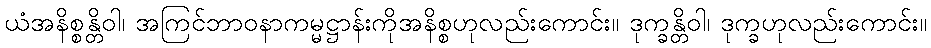
ယံအနိစ္စန္တိဝါ၊ အကြင်ဘာဝနာကမ္မဋ္ဌာန်းကိုအနိစ္စဟုလည်းကောင်း။ ဒုက္ခန္တိဝါ၊ ဒုက္ခဟုလည်းကောင်း။